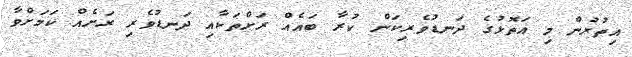
އިތުރުން މި އަތޮޅުގެ ދަނޑުވެރިކަން ކުރާ ބައެއް ރަށްތަކާއި ދަނޑުވެރި ރަށެއް ކަމަށްވާ